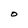
Character: O